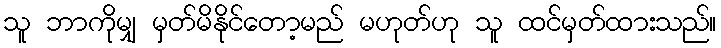
သူ ဘာကိုမျှ မှတ်မိနိုင်တော့မည် မဟုတ်ဟု သူ ထင်မှတ်ထားသည်။